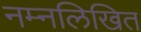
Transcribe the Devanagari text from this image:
नम्नलिखित